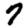
Digit: 7